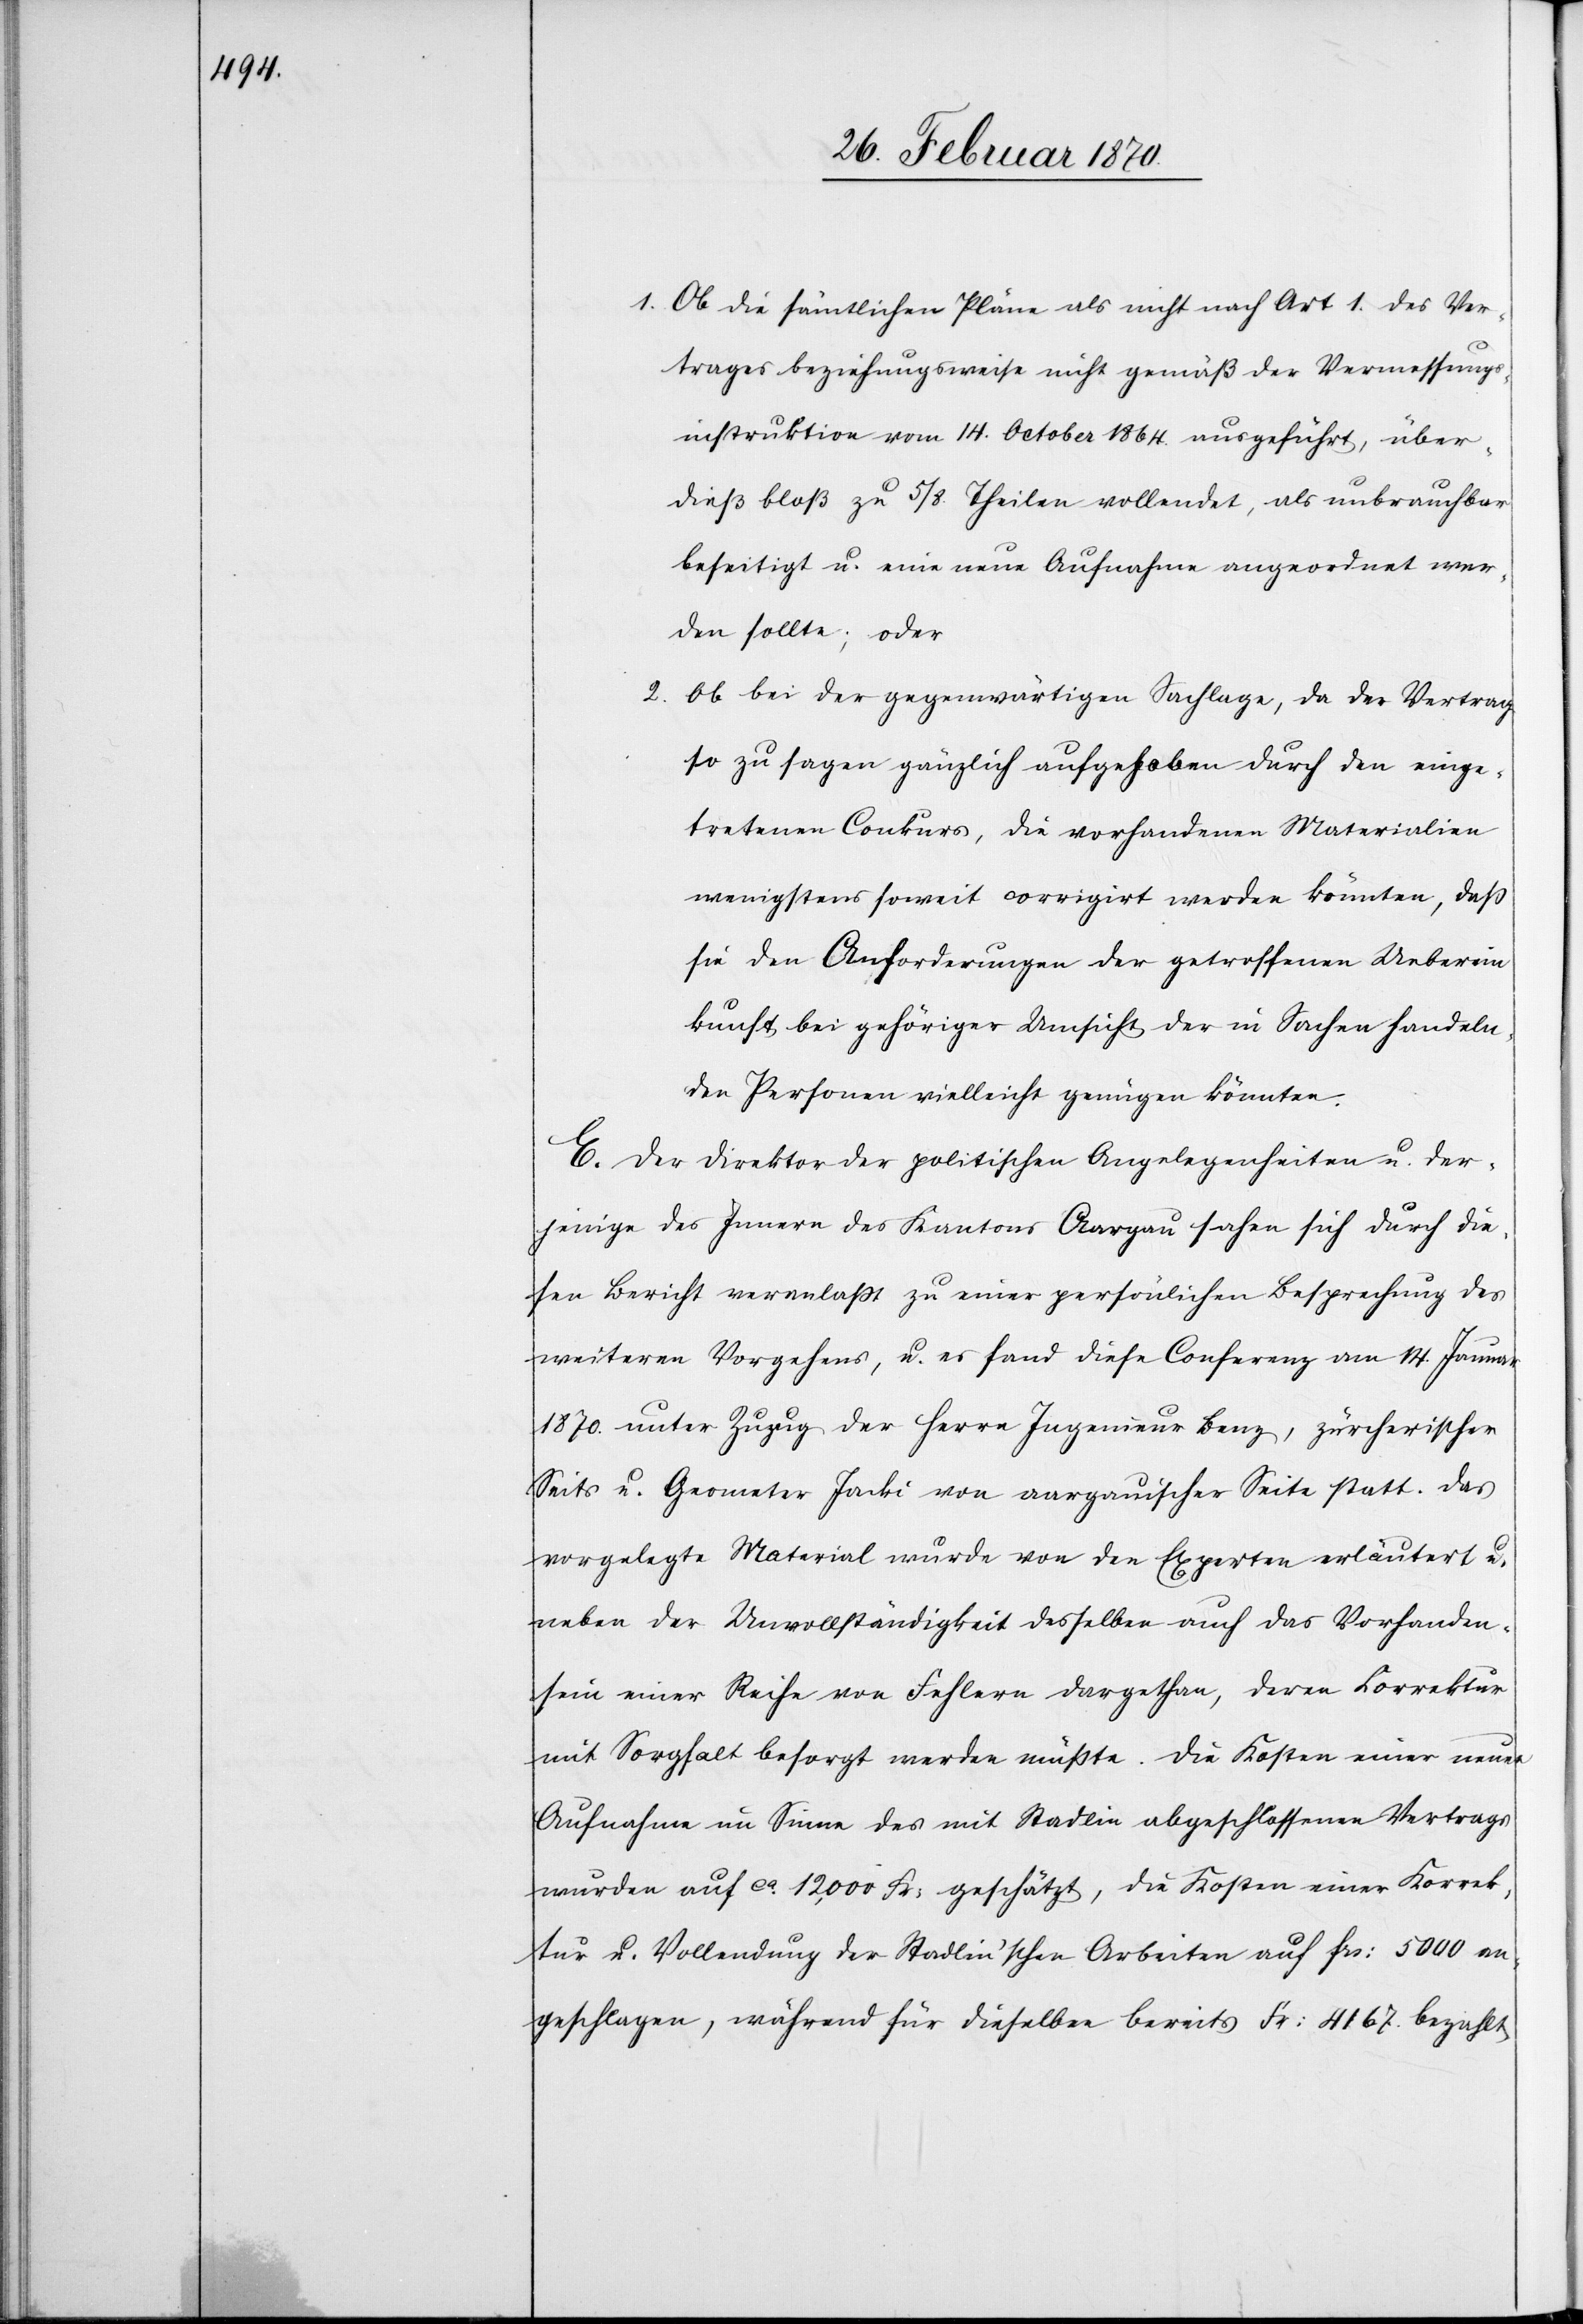
1. Ob die sämtlichen Pläne als nicht nach Art 1. des Ver¬
trages beziehungsweise nicht gemäß der Vermessungs¬
instruktion vom 14. October 1864. ausgeführt, über¬
dieß bloß zu 5/8 Theilen vollendet, als unbrauchbar
beseitigt u. eine neue Aufnahme angeordnet wer¬
den sollte; oder
2.
Ob bei der gegenwärtigen Sachlage, da der Vertrag
so zu sagen gänzlich aufgehoben durch den einge¬
tretenen Conkurs, die vorhandenen Materialien
wenigsten soweit corrigirt werden könnten, daß
sie den Anforderungen der getroffenen Ueberein¬
kunft bei gehöriger Umsicht der in Sachen handeln¬
den Personen vielleicht genügen könnten.
E. Der Direktor der politischen Angelegenheiten u. der¬
jenige des Innern des Kantons Aargau sahen sich durch die¬
sen Bericht veranlaßt zu einer persönlichen Besprechung des
weiteren Vorgehens, u. es fand diese Conferenz am 14. Januar
1870. unter Zuzug der Herrn Ingenieur Benz, zürcherischer
Seits u. Geometer Jacki von aargauischer Seite statt. Das
vorgelegte Material wurde von den Experten erläutert u.
neben der Unvollständigkeit desselben auch das Vorhanden¬
sein einer Reihe von Fehlern dargethan, deren Correktur
mit Sorgfalt besorgt werden müßte. Die Kosten einer neuen
Aufnahme im Sinne des mit Stadlin abgeschlossenen Vertrags
wurden auf ca. 12,000 Fr: geschätzt, die Kosten einer Korrek¬
tur u. Vollendung der Stadlin’schen Arbeiten auf frs: 5000 an¬
geschlagen, während für dieselbe bereits Fr: 4167. bezahlt